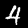
Digit: 4